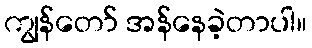
ကျွန်တော် အန်နေခဲ့တာပါ။